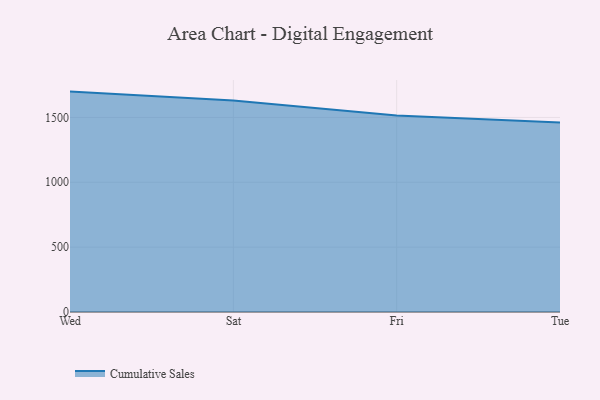
{"axis": {"x": "Day", "y": "Headcount"}, "legend": ["Cumulative Sales"], "data": [{"x": "Wed", "y": 1699.2, "type": "Cumulative Sales"}, {"x": "Sat", "y": 1630.3, "type": "Cumulative Sales"}, {"x": "Fri", "y": 1515.3, "type": "Cumulative Sales"}, {"x": "Tue", "y": 1461.4, "type": "Cumulative Sales"}]}